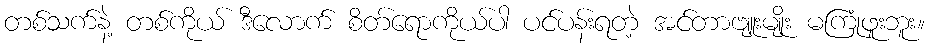
တစ်သက်နဲ့ တစ်ကိုယ် ဒီလောက် စိတ်ရောကိုယ်ပါ ပင်ပန်းရတဲ့ အင်တာဗျူးမျိုး မကြုံဖူးဘူး။